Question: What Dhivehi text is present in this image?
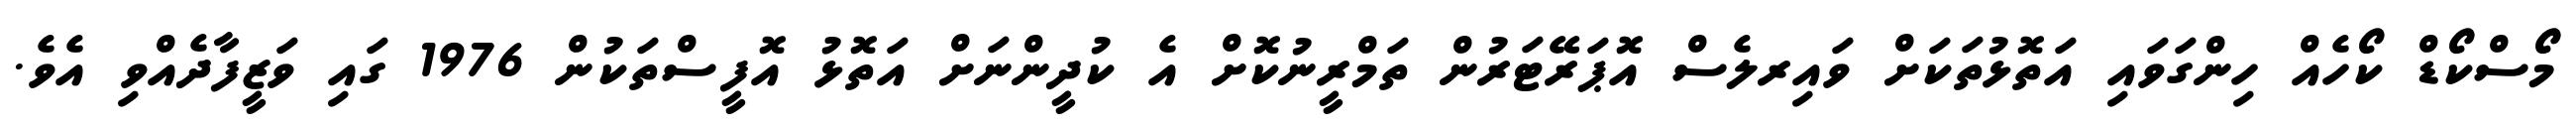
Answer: މޯސްކޯޑް ކޯހެއް ހިންގަވައި އަތޮޅުތަކަށް ވައިރލެސް އޮޕަރޭޓަރުން ތަމްރީނުކޮށް އެ ކުދީންނަށް އަތޮޅު އޮފީސްތަކުން 1976 ގައި ވަޒީފާދެއްވި އެވެ.